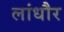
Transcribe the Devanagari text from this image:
लांधौर